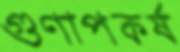
গুণাপকর্ষ